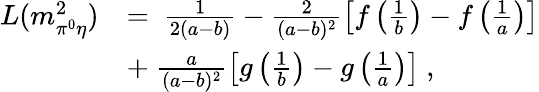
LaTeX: \begin{array}{rl}{{L(m_{\pi^{0}\eta}^{2})}}&{{=\ \frac{1}{2(a-b)}-\frac{2}{(a-b)^{2}}\left[f\left(\frac{1}{b}\right)-f\left(\frac{1}{a}\right)\right]}}\\ {{}}&{{+\ \frac{a}{(a-b)^{2}}\left[g\left(\frac{1}{b}\right)-g\left(\frac{1}{a}\right)\right]\ ,}}\end{array}